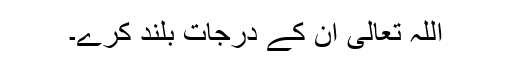
اللہ تعالیٰ ان کے درجات بلند کرے۔